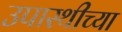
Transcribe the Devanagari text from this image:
उपास्थीच्या